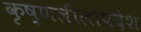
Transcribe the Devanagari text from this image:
कृष्णलीलोपदेश